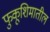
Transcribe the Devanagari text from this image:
फुकूशिमातील